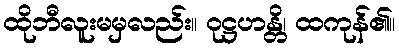
ထိုဘီလူးမမှလည်း။ ဝုဋ္ဌဟန္တိ၊ ထကုန်၏။